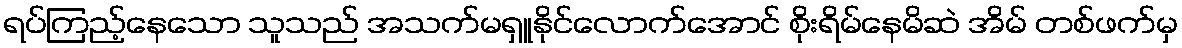
ရပ်ကြည့်နေသော သူသည် အသက်မရှူနိုင်လောက်အောင် စိုးရိမ်နေမိဆဲ အိမ် တစ်ဖက်မှ